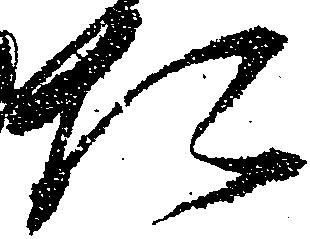
た